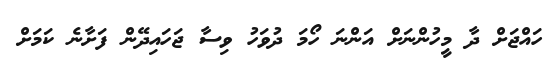
ހައްޖަށް ދާ މީހުންނަށް އަންނަ ހޯމަ ދުވަހު ވިސާ ޖަހައިދޭން ފަށާނެ ކަމަށް